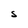
Character: S